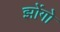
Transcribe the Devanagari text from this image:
झोंगो